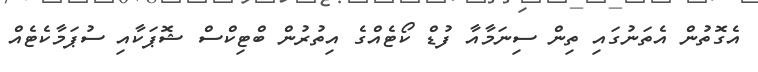
އެގޮތުން އެތަނުގައި ތިން ސިނަމާއާ ފުޑް ކޯޓެއްގެ އިތުރުން ބްޓިކްސް ޝޮޕަކާއި ސުޕަމާކެޓެއް